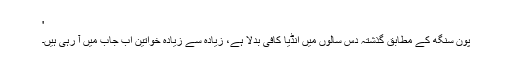
'
پون سنگھ کے مطابق گذشتہ دس سالوں میں انڈیا کافی بدلا ہے، زیادہ سے زیادہ خواتین اب جاب میں آ رہی ہیں۔